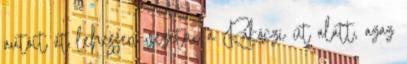
autóit át lehessen vezetni a Rákóczi út alatt, azaz